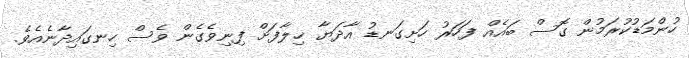
ހުންމަޑުކުރަމުން ގޮސް ބައެއް ފަހަރު ހަށިގަނޑު އާދަޔާ ޚިލާފަށް ފިނިވެގެން ވެސް ހިނގައިދާނެއެވެ.